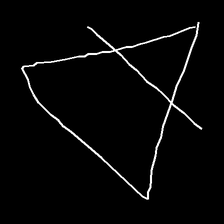
Glyph: empower